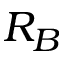
R _ { B }